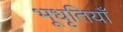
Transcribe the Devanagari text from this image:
भूधृतियाँ